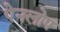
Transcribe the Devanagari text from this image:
पेनलोप